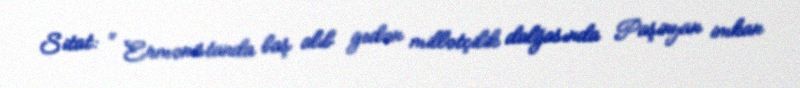
Sitat: “ Ermənistanda baş alıb gedən millətçilik dalğasında Paşinyan imkan